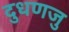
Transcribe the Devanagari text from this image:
दुधणजु